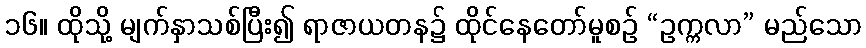
၁၆။ ထိုသို့ မျက်နှာသစ်ပြီး၍ ရာဇာယတန၌ ထိုင်နေတော်မူစဉ် “ဥက္ကလာ” မည်သော